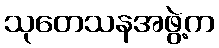
သုတေသနအဖွဲ့က